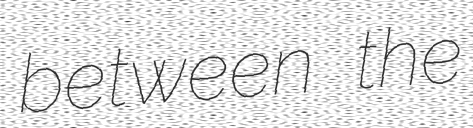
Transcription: between the